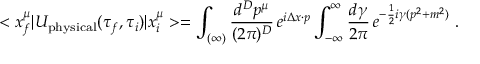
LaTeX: < x _ { f } ^ { \mu } | U _ { \mathrm { p h y s i c a l } } ( \tau _ { f } , \tau _ { i } ) | x _ { i } ^ { \mu } > = \int _ { ( \infty ) } \frac { d ^ { D } p ^ { \mu } } { ( 2 \pi ) ^ { D } } \, e ^ { i \Delta x \cdot p } \int _ { - \infty } ^ { \infty } \frac { d \gamma } { 2 \pi } \, e ^ { - \frac { 1 } { 2 } i \gamma ( p ^ { 2 } + m ^ { 2 } ) } \ .